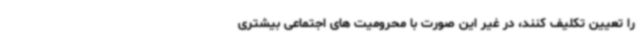
را تعیین تکلیف کنند، در غیر این صورت با محرومیت های اجتماعی بیشتری